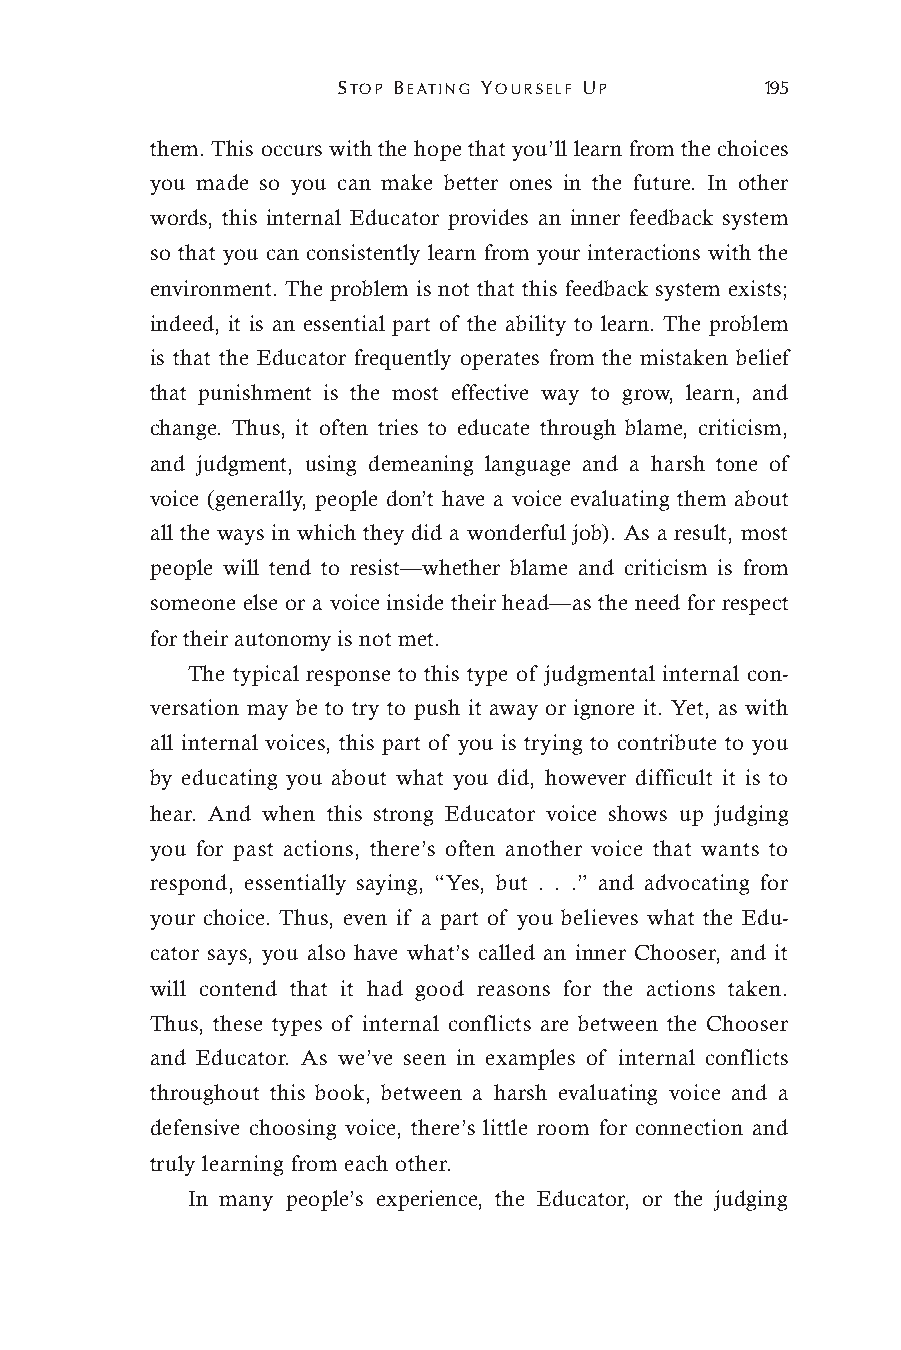
STOP BEATING YOURSELF UP     195
 them. This occurs with the hope that you’ll learn from the choices
 you made so you can make better ones in the future. In other
 words, this internal Educator provides an inner feedback system
 so that you can consistently learn from your interactions with the
 environment. The problem is not that this feedback system exists;
 indeed, it is an essential part of the ability to learn. The problem
 is that the Educator frequently operates from the mistaken belief
 that punishment is the most effective way to grow, learn, and
 change. Thus, it often tries to educate through blame, criticism,
 and judgment, using demeaning language and a harsh tone of
 voice (generally, people don’t have a voice evaluating them about
 all the ways in which they did a wonderful job). As a result, most
 people will tend to resist—whether blame and criticism is from
 someone else or a voice inside their head—as the need for respect
 for their autonomy is not met.
 The typical response to this type of judgmental internal con-
 versation may be to try to push it away or ignore it. Yet, as with
 all internal voices, this part of you is trying to contribute to you
 by educating you about what you did, however difficult it is to
 hear. And when this strong Educator voice shows up judging
 you for past actions, there’s often another voice that wants to
 respond, essentially saying, “Yes, but . . .” and advocating for
 your choice. Thus, even if a part of you believes what the Edu-
 cator says, you also have what’s called an inner Chooser, and it
 will contend that it had good reasons for the actions taken.
 Thus, these types of internal conflicts are between the Chooser
 and Educator. As we’ve seen in examples of internal conflicts
 throughout this book, between a harsh evaluating voice and a
 defensive choosing voice, there’s little room for connection and
 truly learning from each other.
 In many people’s experience, the Educator, or the judging